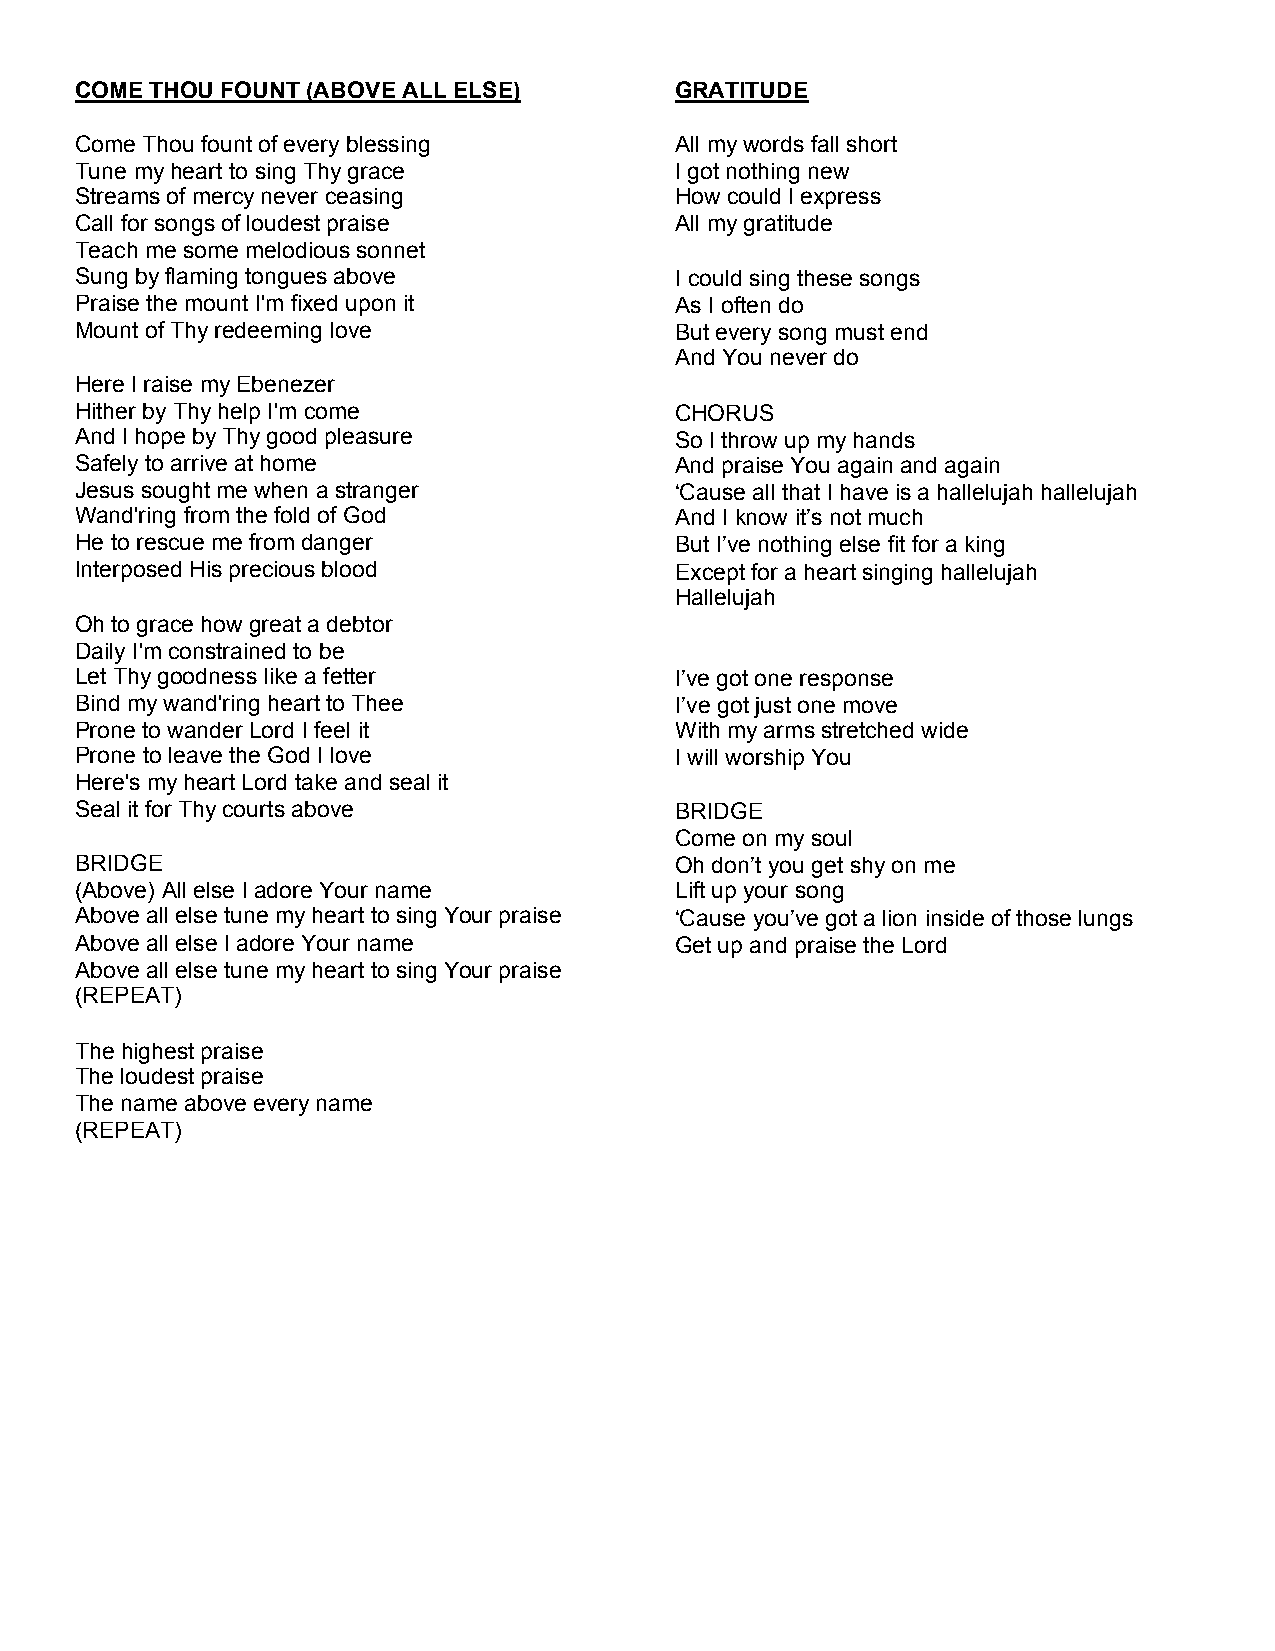
COME THOU FOUNT (ABOVE ALL ELSE)        GRATITUDE
 Come Thou fount of every blessing       All my words fall short
 Tune my heart to sing Thy grace         I got nothing new
 Streams of mercy never ceasing          How could I express
 Call for songs of loudest praise        All my gratitude
 Teach me some melodious sonnet
 Sung by flaming tongues above           I could sing these songs
 Praise the mount I'm fixed upon it      As I often do
 Mount of Thy redeeming love             But every song must end
 And You never do
 Here I raise my Ebenezer
 Hither by Thy help I'm come             CHORUS
 And I hope by Thy good pleasure         So I throw up my hands
 Safely to arrive at home                And praise You again and again
 Jesus sought me when a stranger         ‘Cause all that I have is a hallelujah hallelujah
 Wand'ring from the fold of God          And I know it’s not much
 He to rescue me from danger             But I’ve nothing else fit for a king
 Interposed His precious blood           Except for a heart singing hallelujah
 Hallelujah
 Oh to grace how great a debtor
 Daily I'm constrained to be
 Let Thy goodness like a fetter          I’ve got one response
 Bind my wand'ring heart to Thee         I’ve got just one move
 Prone to wander Lord I feel it          With my arms stretched wide
 Prone to leave the God I love           I will worship You
 Here's my heart Lord take and seal it
 Seal it for Thy courts above            BRIDGE
 Come on my soul
 BRIDGE                                  Oh don’t you get shy on me
 (Above) All else I adore Your name      Lift up your song
 Above all else tune my heart to sing Your praise ‘Cause you’ve got a lion inside of those lungs
 Above all else I adore Your name        Get up and praise the Lord
 Above all else tune my heart to sing Your praise
 (REPEAT)
 The highest praise
 The loudest praise
 The name above every name
 (REPEAT)